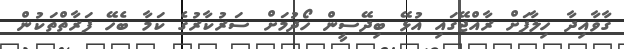
ގާވާއިދާ ހިލާފަށް ރާއްޖޭގައި އުޅޭ ބިދޭސީން ހޯދުމަށް ސަރުކާރުގެ ކަމާ ބެހޭ ފަރާތްތަކުން